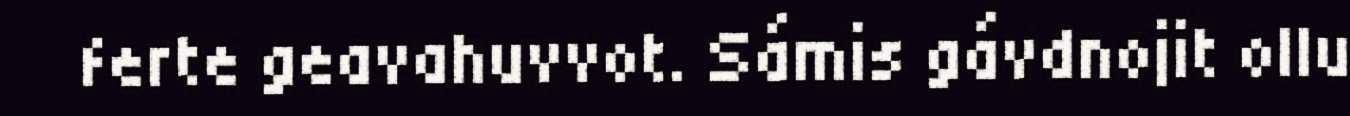
ferte geavahuvvot. Sámis gávdnojit ollu